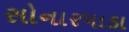
સોનારપાડા